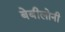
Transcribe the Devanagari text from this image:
बेबीलोनी